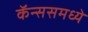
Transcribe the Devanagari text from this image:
कॅन्ससमध्ये